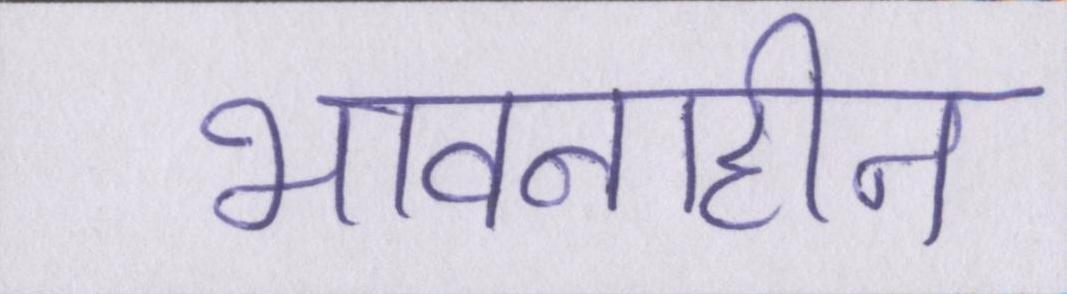
भावनाहीन